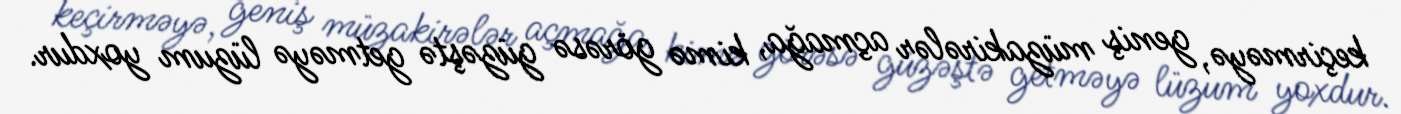
keçirməyə, geniş müzakirələr açmağa, kimə görəsə güzəştə getməyə lüzum yoxdur.